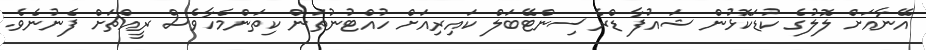
އޭނާއަށް ލޮލުގެ ކުޑަކޮޅުން ޝައުފާ ޑްރެސިންޓޭބަލް ކައިރިއަށް ހުއްޓުނުތަން ކިތަންމެހާވެސް ރީއްޗަށް ފެނުނެވެ.